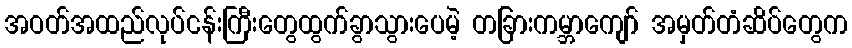
အဝတ်အထည်လုပ်ငန်းကြီးတွေထွက်ခွာသွားပေမဲ့ တခြားကမ္ဘာကျော် အမှတ်တံဆိပ်တွေက